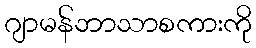
ဂျာမန်ဘာသာစကားကို